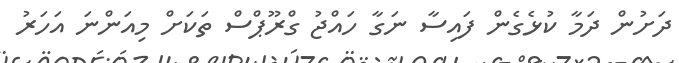
ދަށުން ދަމާ ކުޅެގެން ފައިސާ ނަގާ ހައްޖު ގްރޫޕްސް ތަކަށް މިއަންނަ އަހަރު